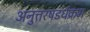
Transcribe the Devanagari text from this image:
अनुत्तरषडर्धक्रम